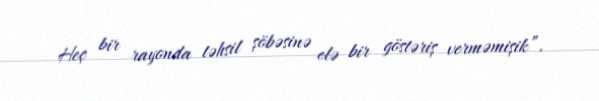
Heç bir rayonda təhsil şöbəsinə elə bir göstəriş verməmişik”.